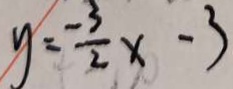
y = - \frac { 3 } { 2 } x - 3